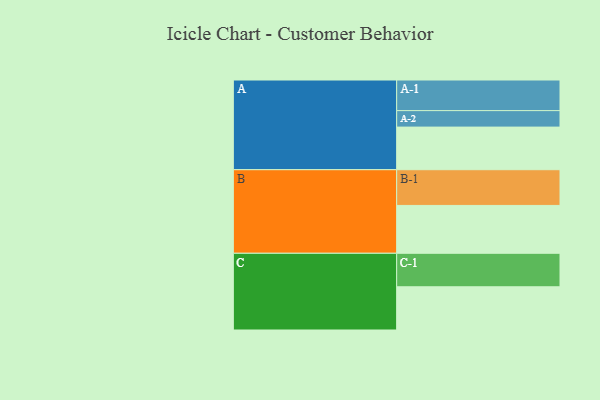
{"axis": {"x": "Segment", "y": "Value"}, "legend": ["", "A", "B", "C"], "data": [{"x": "A", "y": 341, "type": ""}, {"x": "B", "y": 383, "type": ""}, {"x": "C", "y": 346, "type": ""}, {"x": "A-1", "y": 245, "type": "A"}, {"x": "A-2", "y": 132, "type": "A"}, {"x": "B-1", "y": 286, "type": "B"}, {"x": "C-1", "y": 268, "type": "C"}]}